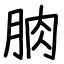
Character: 朒